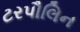
ટરપૌલિન